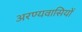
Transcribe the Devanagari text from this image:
अरण्यवासियों